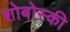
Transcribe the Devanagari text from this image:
शोबोस्की